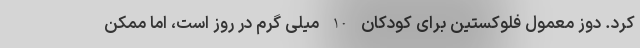
کرد. دوز معمول فلوکستین برای کودکان 10 میلی گرم در روز است، اما ممکن